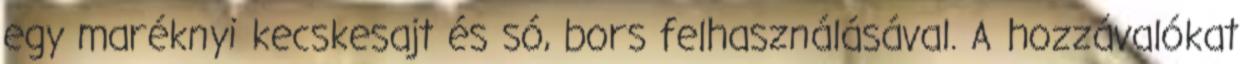
egy maréknyi kecskesajt és só, bors felhasználásával. A hozzávalókat